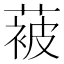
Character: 𮶮